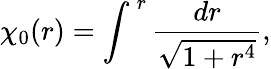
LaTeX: \chi_{0}(r)=\int^{\, r}\frac{dr}{\sqrt{1+r^{4}}},